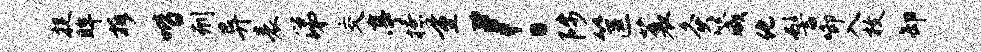
捉眸拆喈刑异表涕交亭撩量！陟筐蓑灸箴化髻唧入枚卸